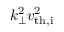
k _ { \perp } ^ { 2 } v _ { \mathrm { t h , i } } ^ { 2 }